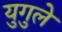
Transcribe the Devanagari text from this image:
युगुले